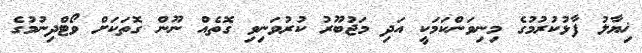
ޚިޔާލު ފާޅުކުރުމުގެ މިނިވަންކަމަކީ އަދި މަޖުބޫރު ކުރުވަނިވި ގޮތެއް ނޫން ގޮތަކަށް ވޯޓްދިނުމުގެ